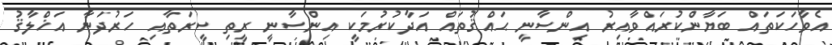
އެވާހަކަތައް ބަޔާންކުރައްވާއިރު އިންސާނީ ޙައްޤުތައް އަދާކުރުމަކީ އިންސާނީ ރީތި ސީރަތާއި ހަރުދަނާ އަޚްލާޤު